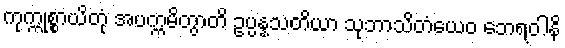
ကုက္ကုစ္စာယိတုံ အပက္ကမိတွာတိ ဥပ္ပန္နသတိယာ သုဘာသိတံယေဝ ဘေရဝါနိ